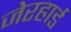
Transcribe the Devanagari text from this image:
जेरहार्ड